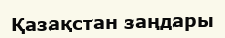
Қазақстан заңдары